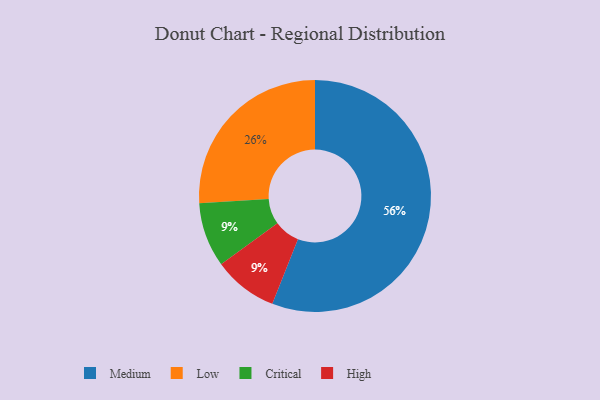
{"axis": {"x": "Category", "y": "Percentage"}, "legend": ["Critical", "High", "Low", "Medium"], "data": [{"x": "Low", "y": 26, "type": "Low"}, {"x": "Medium", "y": 56, "type": "Medium"}, {"x": "Critical", "y": 9, "type": "Critical"}, {"x": "High", "y": 9, "type": "High"}]}